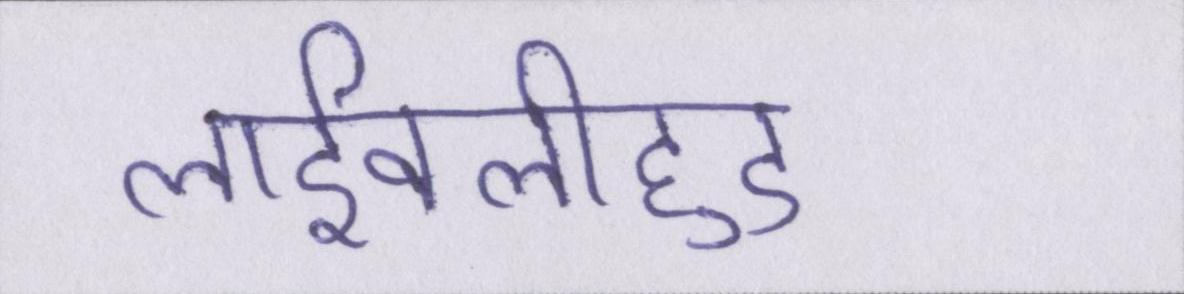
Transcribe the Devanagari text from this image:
लाईवलीहुड